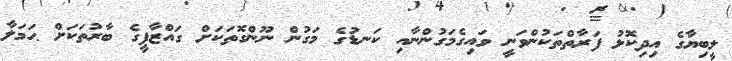
ލީބިޔާގެ އިދިކޮޅު ފަރާތްތަކުންވަނީ ވައިގެމަގުންނާއި ކަނޑުގެ މަގުން ނޫންގޮތަކަށް ގައްޒާފީގެ ބާރުތަކަށް ޙަމަލާ